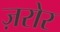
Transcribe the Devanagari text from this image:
ज़रोर